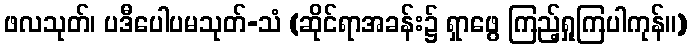
ဖလသုတ်၊ ပဒီပေါပမသုတ်-သံ (ဆိုင်ရာအခန်း၌ ရှာဖွေ ကြည့်ရှုကြပါကုန်။)